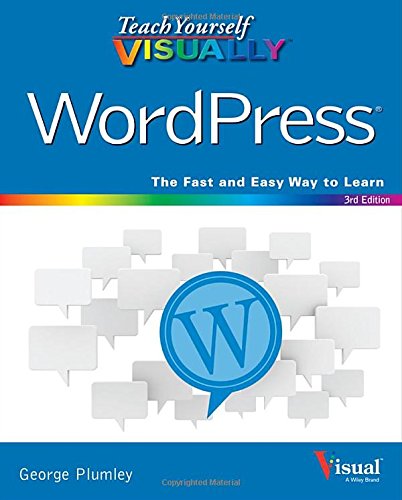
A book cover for Teach Yourself VISUALLY WordPress; George Plumley; Computers & Technology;